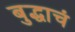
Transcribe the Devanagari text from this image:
बुद्धाचं